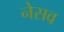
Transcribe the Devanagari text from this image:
नेसव